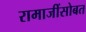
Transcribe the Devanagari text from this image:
रामाजींसोबत